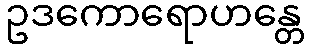
ဥဒကောရောဟန္တေ